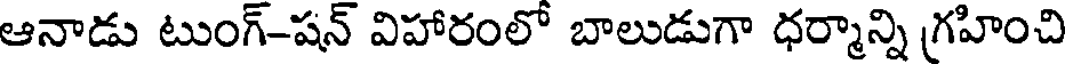
ఆనాడు టుంగ్-షన్ విహారంలో బాలుడుగా ధర్మాన్ని గ్రహించి